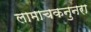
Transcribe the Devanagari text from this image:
लामाचकनुनरा